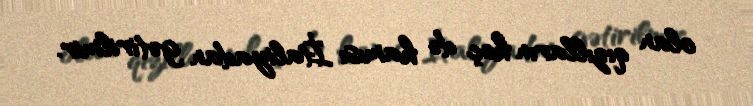
olan qızılların heç də hamısı İtaliyadan gətirilmir.